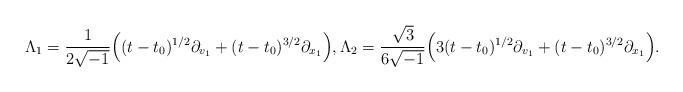
LaTeX: \begin{align*}\Lambda_1= \frac{1}{2\sqrt{-1}}\Big( (t-t_0)^{1/2}\partial_{v_1}+ (t-t_0)^{3/2}\partial_{x_1}\Big),\Lambda_2= \frac{\sqrt 3}{6\sqrt{-1}}\Big(3 (t-t_0)^{1/2}\partial_{v_1}+ (t-t_0)^{3/2}\partial_{x_1}\Big).\end{align*}